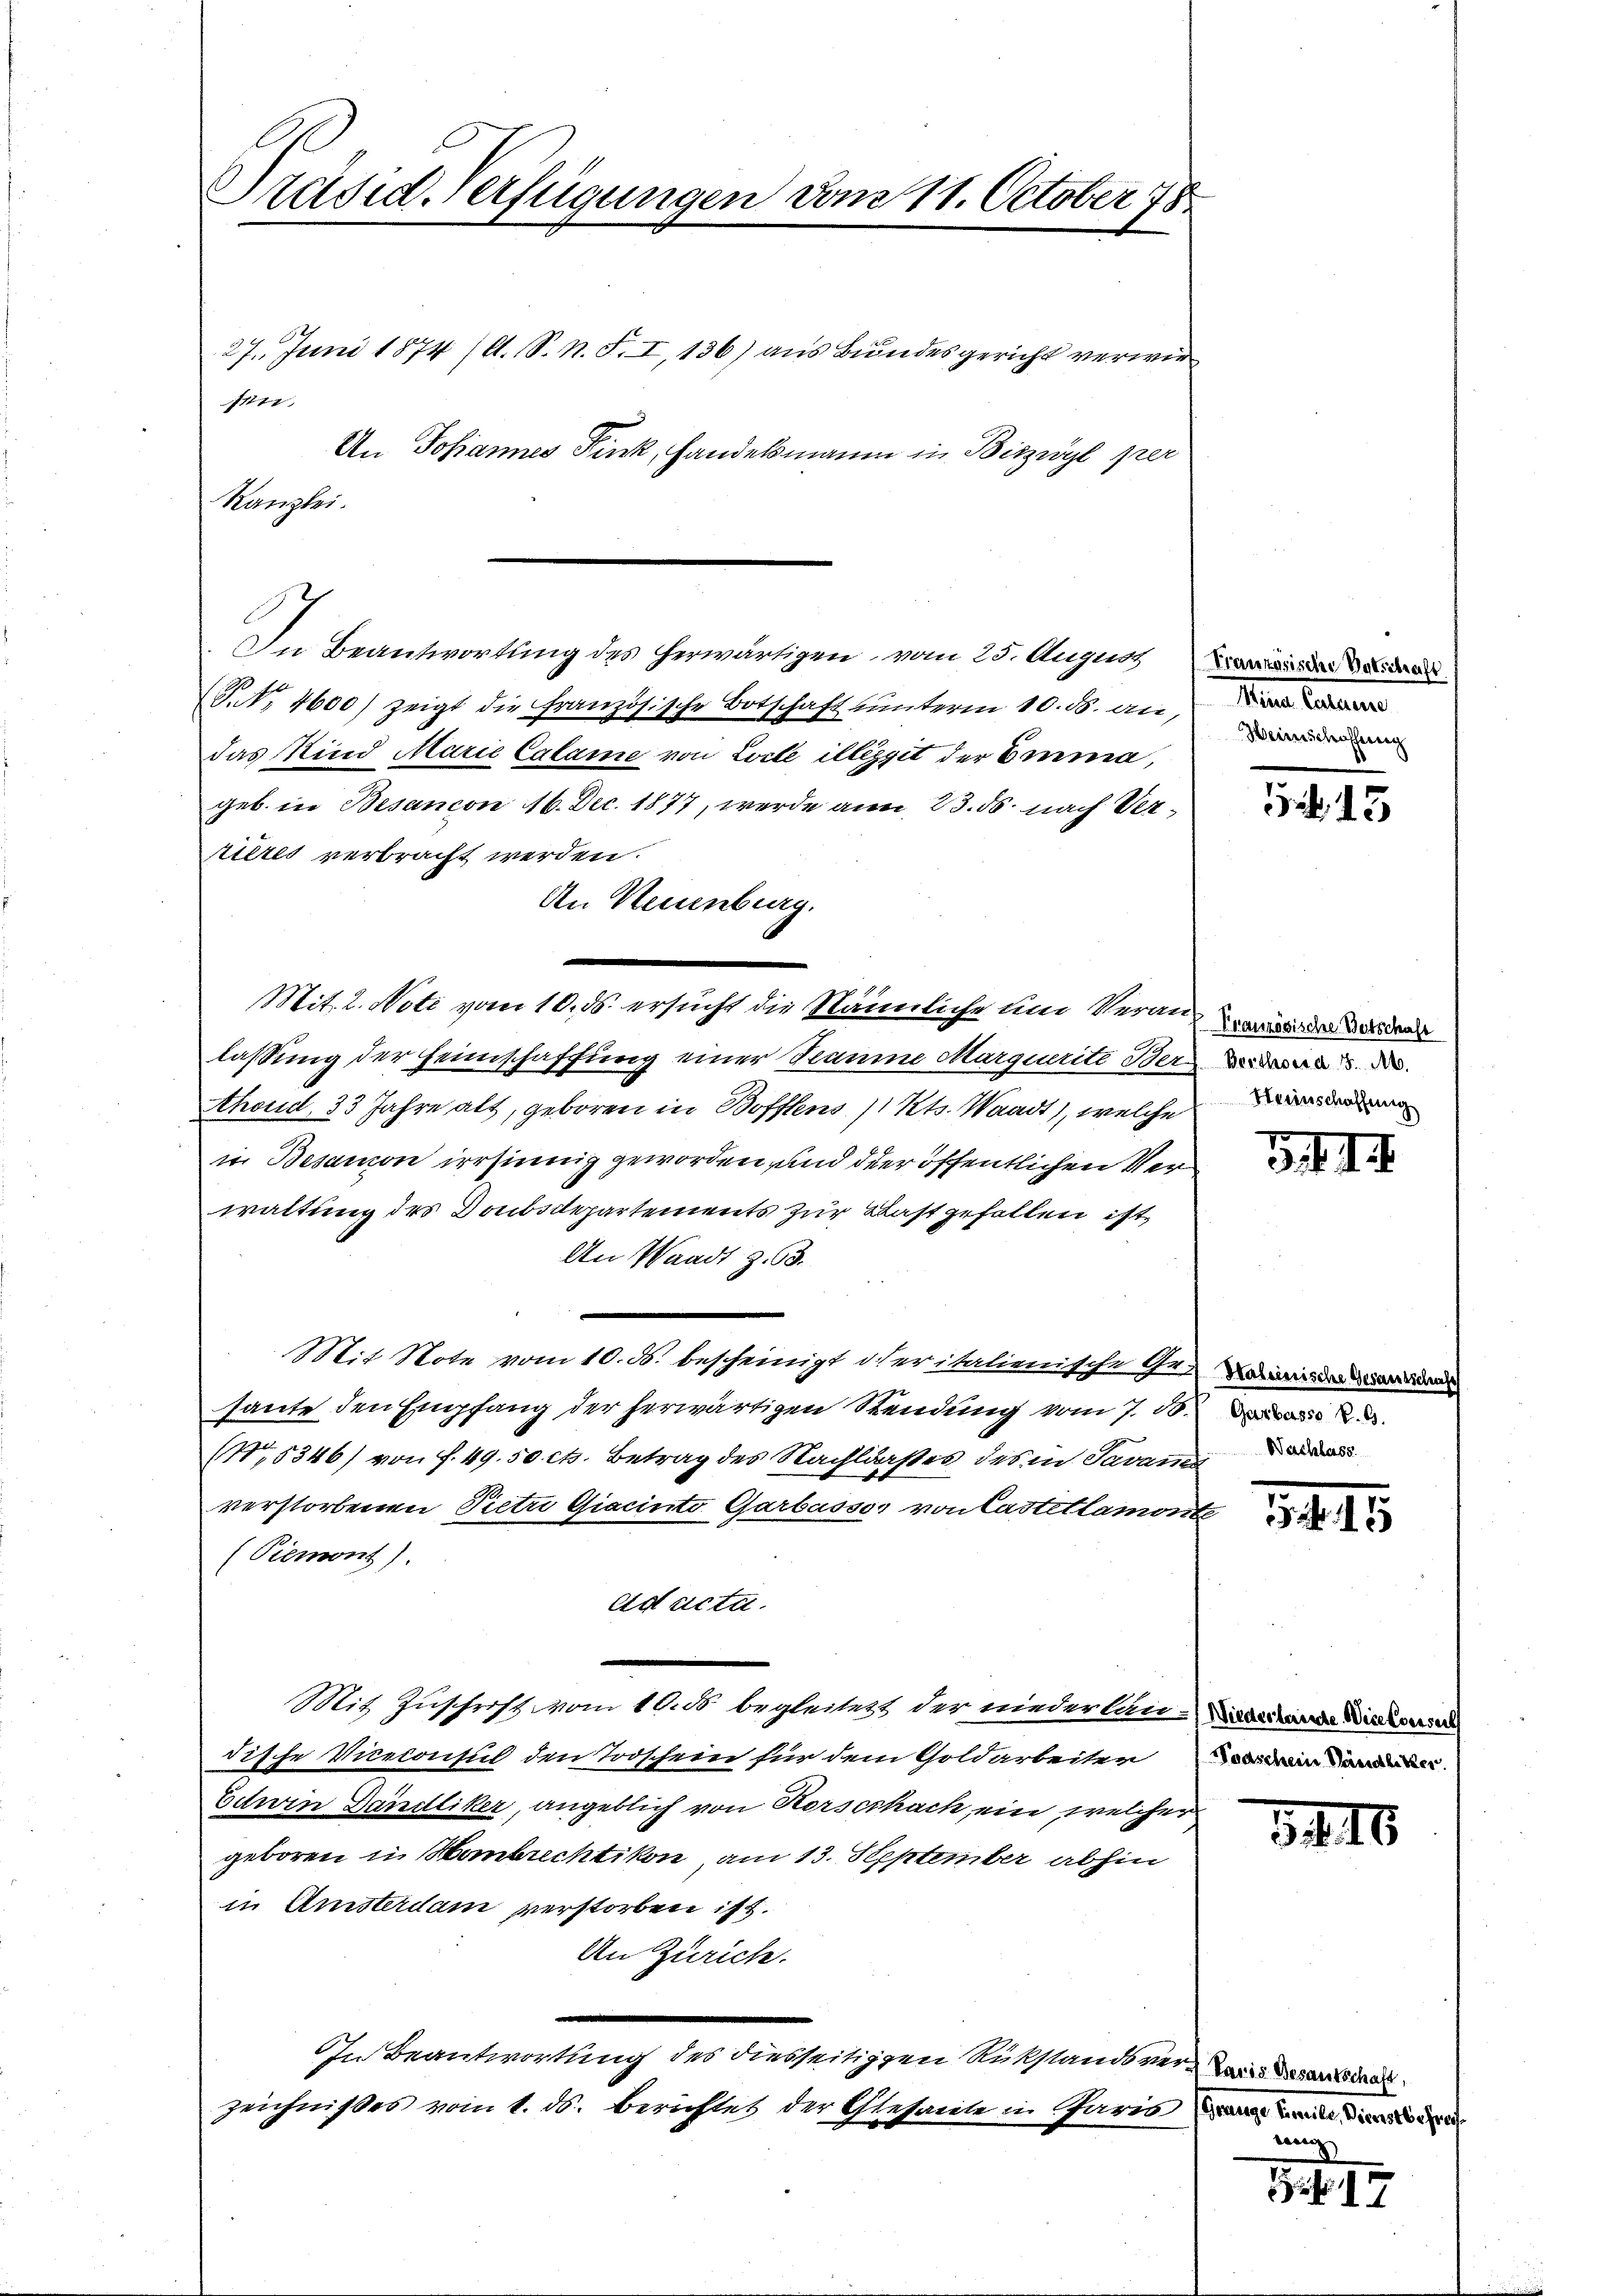
Präsid-Verfügungen vom 11. October 78

sin

27. Juni 1874 (lt. S. N. F. I, 136) aus Bundesgericht verwir
An Johannes Fink, Handelsmann in Bitzwyl per
Kanzlei.

P. Nr. 4600) zeigt die Französische Botschaft unterm 10. ds. an,
Das Kind Marie Calame von Loile illiggit der Emma,
geb. in Besandon 16. Dec. 1877, werde am 23. ds. nach Verkieres verbracht werden.
An Neuenburg.
Mit. 2. Note vom 10. ds. ersucht die Nännliche und Veranmann de
lassung der Heimschaffung einer Samme Marquerite Ber
Ahoud, 33 Jahre alt, geboren in Bofftens 11 Kts. Waadt), welche
in Besanon irrsinnig geworden und der öffentlichen Verwaltung des Doubsdepartements zur Bast gefallen ist,
An Waadt Z. 63.
Mit Note vom 10. ds. bescheinigt der italienische Gemein
haute den Empfang der herwärtigen Rendung vom 7. 10. Da
(No. 5346) von f. 49. 50 cts. Betrag des Nachldaßes des in Savam
verstorbenen Pietr Giacinto Garbassor von Castetlamonte
(Piemont).
eid acta.
Mit Zuschrift vom 10. ds. begleitets der niederlan-Labestande Materiel
dische Viceconsul den Todschein für dem Goldarbeiteren an
Edwin Dändliker, angeblich von Horschach, ein welcher
geboren in Hombrechtikon am 13. September abhin
in Ansterdam verstorben ist.
An Zürich.
In Beantwortung des diesseitigten Rükstandsver-Zoris derart ders.
zeichnißes vom 1. ds. Berichtet der Gesante in Paris e
e

In Beantwortung des herwärtigen, vom 25. August der der

Mara Catanen
Weinschaffung

54. 15

Heeinschaffung

3 II

1845

348

nung

1 f. 179